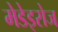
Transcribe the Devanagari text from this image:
मेडेइरोज